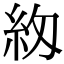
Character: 𮈅